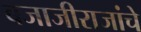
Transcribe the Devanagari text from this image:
बजाजीराजांचे